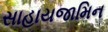
સાહાયજામિન